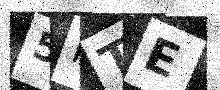
Text: 5RTE